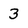
Character: 3